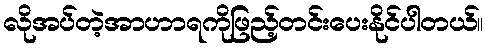
လိုအပ်တဲ့အာဟာရကိုဖြည့်တင်းပေးနိုင်ပါတယ်။